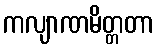
ကလျာဏမိတ္တတာ